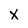
Character: x